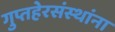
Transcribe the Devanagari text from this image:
गुप्तहेरसंस्थांना